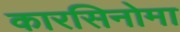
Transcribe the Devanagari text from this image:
कारसिनोमा